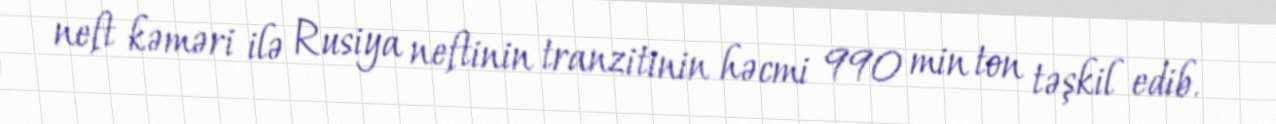
neft kəməri ilə Rusiya neftinin tranzitinin həcmi 990 min ton təşkil edib.